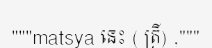
"""matsya នេះ ( ត្រី) ,"""